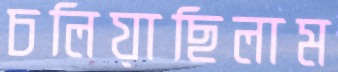
চলিয়াছিলাম